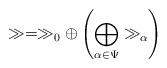
LaTeX: \begin{align*}\gg = \gg_0 \oplus \left(\bigoplus_{\alpha \in \Psi} \gg_{\alpha}\right)\end{align*}